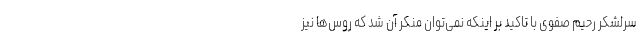
سرلشکر رحیم صفوی با تاکید بر اینکه نمی‌توان منکر آن شد که روس‌ها نیز